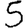
Digit: 5